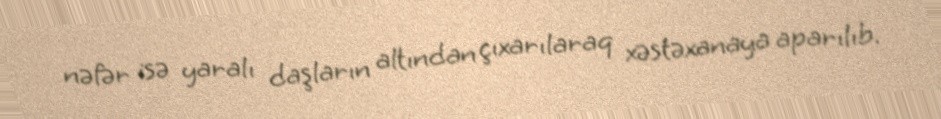
nəfər isə yaralı daşların altından çıxarılaraq xəstəxanaya aparılıb.